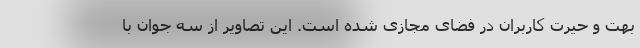
بهت و حیرت کاربران در فضای مجازی شده است. این تصاویر از سه جوان با